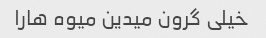
خیلی گرون میدین میوه هارا